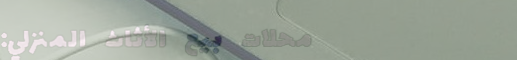
محلات بيع الأثاث المنزلي: